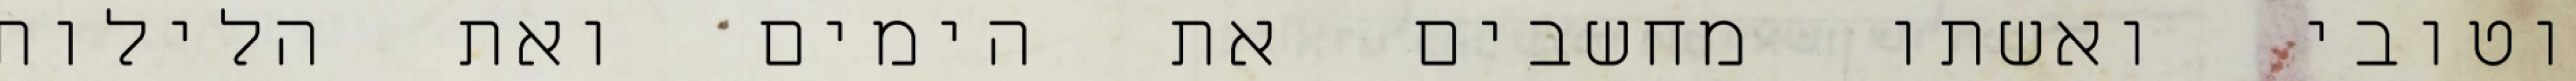
וטובי ואשתו מחשבים את הימים ואת הלילות